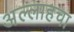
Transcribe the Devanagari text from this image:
अल्लाहचा